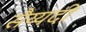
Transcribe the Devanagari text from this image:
सैय्यदी